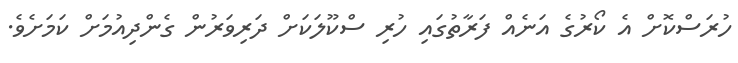
ހުރަސްކޮށް އެ ކޯރުގެ އަނެއް ފަރާތުގައި ހުރި ސްކޫލަކަށް ދަރިވަރުން ގެންދިއުމަށް ކަމަށެވެ.